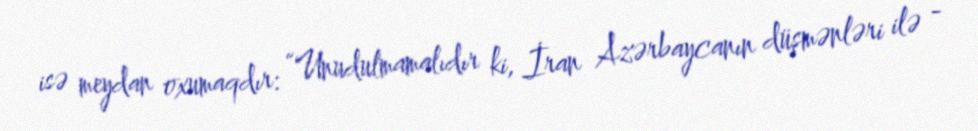
isə meydan oxumaqdır: “Unudulmamalıdır ki, İran Azərbaycanın düşmənləri ilə -